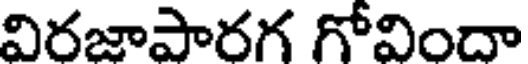
విరజాపారగ గోవిందా